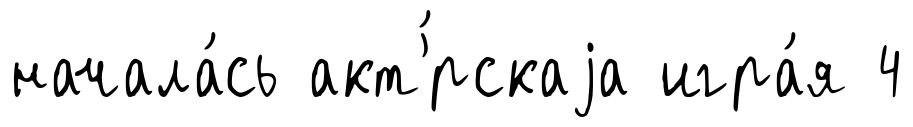
начала́сь акт'́рскаjа игра́я 4